Vaccination in Burma 1889-1999 - 1889-1999
Year: 1889
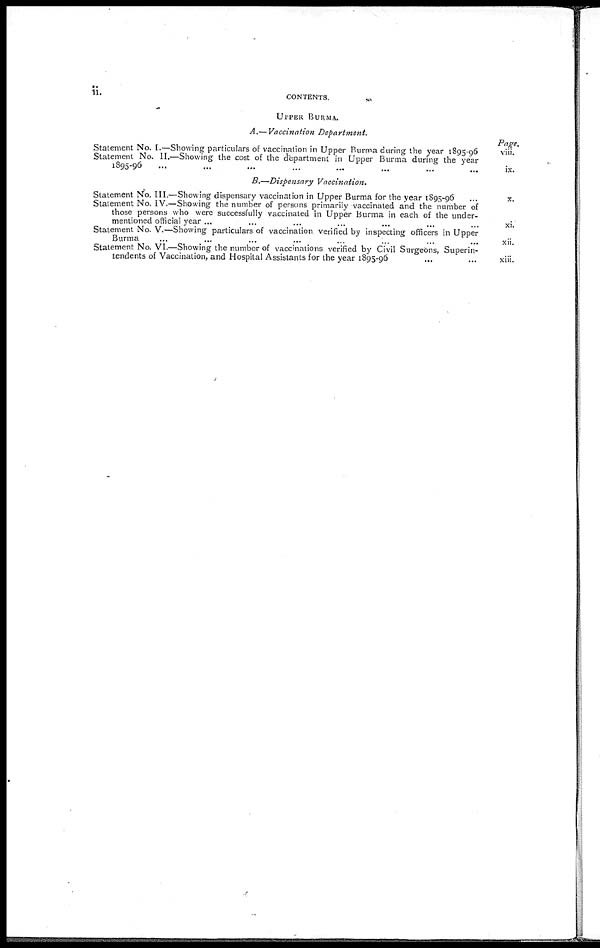
ii.
CONTENTS.
UPPER BURMA.
A.— Vaccination Department.
Statement No. I.—Showing particulars of vaccination in Upper Burma during the year 1895-96
Statement No. 11.—Showing the cost of the department in Upper Burma during the year
1895-96 ... ... ... ... ... ... ... ...
Page.
viii.
ix.
B.—Dispensary Vaccination.
Statement No. III.—Showing dispensary vaccination in Upper Burma for the year 1895-96 ...
Statement No. IV.—Showing the number of persons primarily vaccinated and the number of
those persons who were successfully vaccinated in Upper Burma in each of the under-
mentioned official year ... ... ... ... ... ... ...
Statement No. V.—Showing particulars of vaccination verified by inspecting officers in Upper
Burma
...
...
...
...
...
... ... ...
Statement No. VI.—Showing the number of vaccinations verified by Civil Surgeons, Superin-
tendents of Vaccination, and Hospital Assistants for the year 1895-96
... ...
x.
xi.
xii.
xiii.